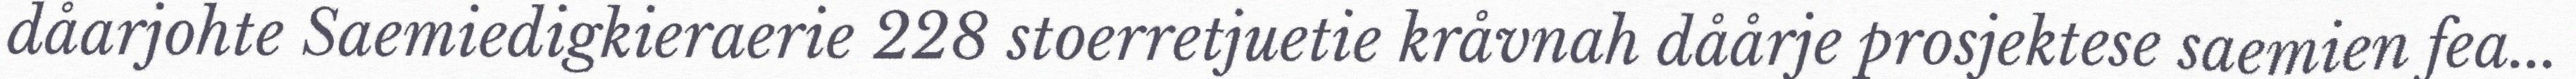
dåarjohte Saemiedigkieraerie 228 stoerretjuetie kråvnah dåårje prosjektese saemien fea...